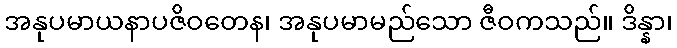
အနုပမာယနာပဇိဝတေန၊ အနုပမာမည်သော ဇီဝကသည်။ ဒိန္နာ၊